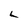
Character: L